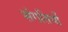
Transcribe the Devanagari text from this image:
संगतियों